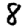
Digit: 8